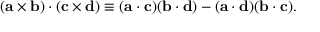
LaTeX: ( \mathbf { a } \times \mathbf { b } ) \cdot ( \mathbf { c } \times \mathbf { d } ) \equiv ( \mathbf { a } \cdot \mathbf { c } ) ( \mathbf { b } \cdot \mathbf { d } ) - ( \mathbf { a } \cdot \mathbf { d } ) ( \mathbf { b } \cdot \mathbf { c } ) .